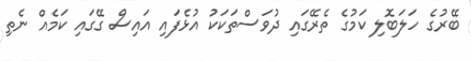
ބޭރުގެ ހަލަބޮލި ކަމުގެ ތެރޭގައި ދުވަސްތަކަކު އުޅެފައި އައިސް ގޭގައި ކަމެއް ނެތި